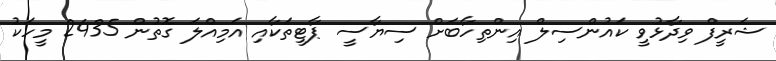
ޝަރީފް ވިދާޅުވީ ކައުންސިލް އިންތިހާބަށް ސިޔާސީ ޕާޓީތަކާއި އަމިއްލަ ގޮތުން 2435 މީހަކު